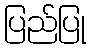
ပြည်ပြု